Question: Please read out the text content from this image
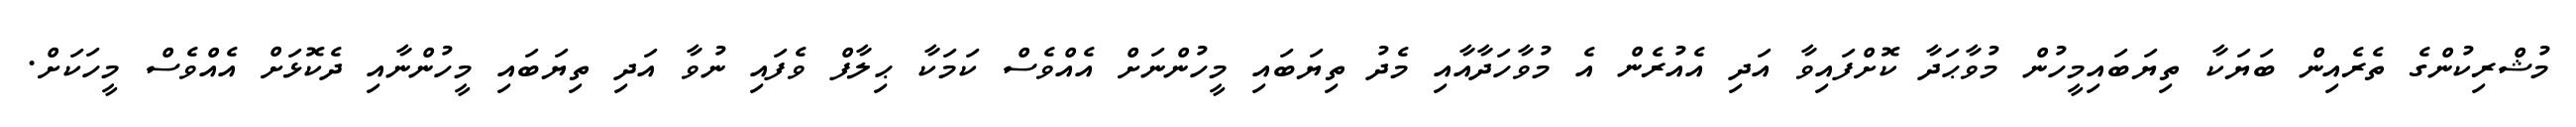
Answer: މުޝްރިކުންގެ ތެރެއިން ބަޔަކާ ތިޔަބައިމީހުން މުވާޙަދާ ކޮށްފައިވާ އަދި އެއުރެން އެ މުވާހަދާއާއި މެދު ތިޔަބައި މީހުންނަށް އެއްވެސް ކަމަކާ ޙިލާފް ވެފައި ނުވާ އަދި ތިޔަބައި މީހުންނާއި ދެކޮޅަށް އެއްވެސް މީހަކަށް.